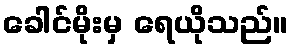
ခေါင်မိုးမှ ရေယိုသည်။